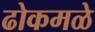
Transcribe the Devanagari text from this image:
ढोकमळे